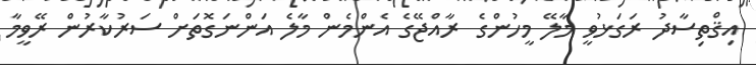
އިޤްތިސާދު ރަގަޅުވީ މާލޭ މީހުންގެ ރާއްޖޭގެ އެންމެން މާލެ އަންނަގޮތަށް ސަރުކާރުން ރޭވީމާ